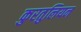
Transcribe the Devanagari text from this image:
कुरतुलियन